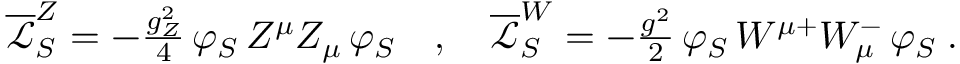
\begin{array} { r } { \overline { { \mathcal { L } } } _ { S } ^ { Z } = - \frac { g _ { Z } ^ { 2 } } { 4 } \, \varphi _ { S } \, Z ^ { \mu } Z _ { \mu } \, \varphi _ { S } \quad , \quad \overline { { \mathcal { L } } } _ { S } ^ { W } = - \frac { g ^ { 2 } } { 2 } \, \varphi _ { S } \, W ^ { \mu + } W _ { \mu } ^ { - } \, \varphi _ { S } \; . } \end{array}